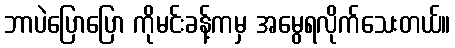
ဘာပဲပြောပြော ကိုမင်းခန့်ကမှ အမွေရလိုက်သေးတယ်။